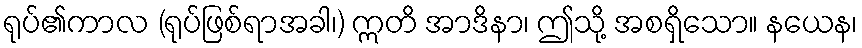
ရုပ်၏ကာလ (ရုပ်ဖြစ်ရာအခါ၊) ဣတိ အာဒိနာ၊ ဤသို့ အစရှိသော။ နယေန၊